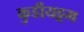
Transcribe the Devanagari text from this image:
कुडीयट्टम